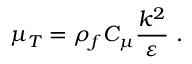
\mu _ { T } = \rho _ { f } C _ { \mu } \frac { k ^ { 2 } } { \varepsilon } \mathrm { ~ . ~ }